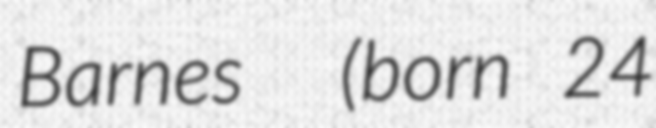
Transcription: Barnes  (born 24